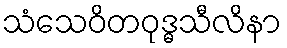
သံသေဝိတဝုဒ္ဓသီလိနာ